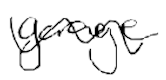
Text: garage
Cross-out: wave
Writing tool: digital_black